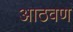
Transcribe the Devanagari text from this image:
अाठवण